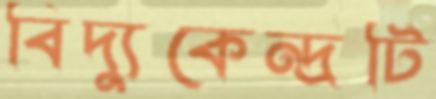
বিদ্যুকেন্দ্রটি